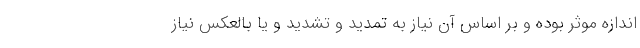
اندازه موثر بوده و بر اساس آن نیاز به تمدید و تشدید و یا بالعکس نیاز